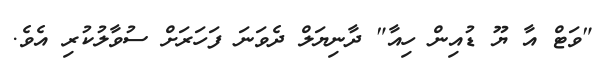
"ވަޓް އާ ޔޫ ޑުއިން ހިއާ" ދާނިޔަލް ދެވަނަ ފަހަރަށް ސުވާލުކުރި އެވެ.